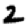
Digit: 2